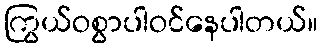
ကြွယ်ဝစွာပါဝင်နေပါတယ်။